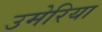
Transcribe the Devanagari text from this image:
उमेरिया